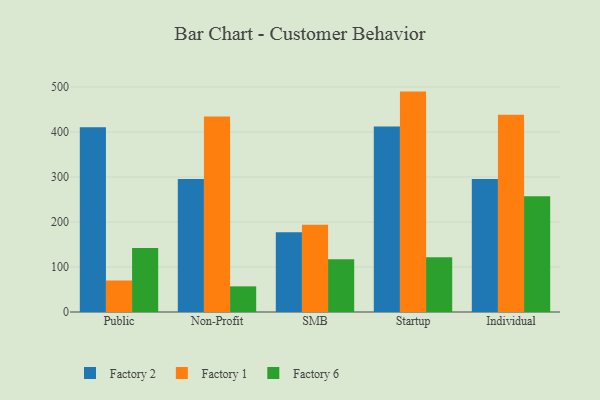
{"axis": {"x": "Segment", "y": "Budget (USD K)"}, "legend": ["Factory 1", "Factory 2", "Factory 6"], "data": [{"x": "Public", "y": 410.5, "type": "Factory 2"}, {"x": "Public", "y": 70.0, "type": "Factory 1"}, {"x": "Public", "y": 142.0, "type": "Factory 6"}, {"x": "Non-Profit", "y": 295.5, "type": "Factory 2"}, {"x": "Non-Profit", "y": 434.1, "type": "Factory 1"}, {"x": "Non-Profit", "y": 57.0, "type": "Factory 6"}, {"x": "SMB", "y": 177.2, "type": "Factory 2"}, {"x": "SMB", "y": 194.1, "type": "Factory 1"}, {"x": "SMB", "y": 117.3, "type": "Factory 6"}, {"x": "Startup", "y": 411.9, "type": "Factory 2"}, {"x": "Startup", "y": 489.7, "type": "Factory 1"}, {"x": "Startup", "y": 121.7, "type": "Factory 6"}, {"x": "Individual", "y": 295.6, "type": "Factory 2"}, {"x": "Individual", "y": 438.0, "type": "Factory 1"}, {"x": "Individual", "y": 257.1, "type": "Factory 6"}]}